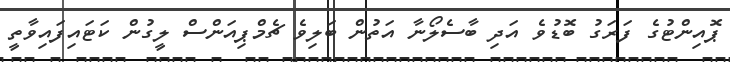
ޕޮއިންޓުގެ ފަރަގު ބޮޑުވެ އަދި ބާސެލޯނާ އަތުން ބަލިވެ ޗެމްޕިއަންސް ލީގުން ކަޓައިފައިވާތީ